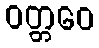
ဝတ္တဝေ